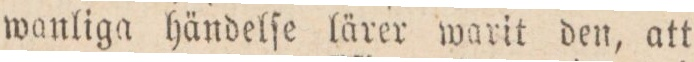
wanliga händelſe lärer warit den, att